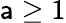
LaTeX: \mathsf{a}\ge1